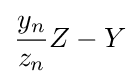
{\frac {y_{n}}{z_{n}}}Z-Y